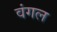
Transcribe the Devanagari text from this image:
वंगल